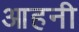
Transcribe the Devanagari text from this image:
आहनी